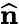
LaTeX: \textbf{\^ n}